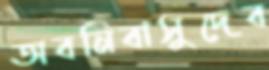
অবনিবাসুদেব